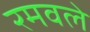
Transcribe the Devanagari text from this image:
रमवले